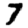
Digit: 7